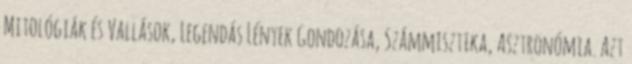
Mitológiák és Vallások, Legendás Lények Gondozása, Számmisztika, Asztronómia. Azt